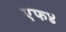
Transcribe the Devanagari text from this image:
एफ४